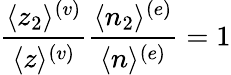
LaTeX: \frac{\langle z_{2}\rangle^{(v)}}{\langle z\rangle^{(v)}}\frac{\langle n_{2}\rangle^{(e)}}{\langle n\rangle^{(e)}}=1